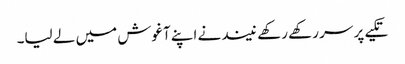
تکیے پر سر رکھے رکھے نیند نے اپنے آغوش میں لے لیا۔